Aleksander_Warma, lk 19
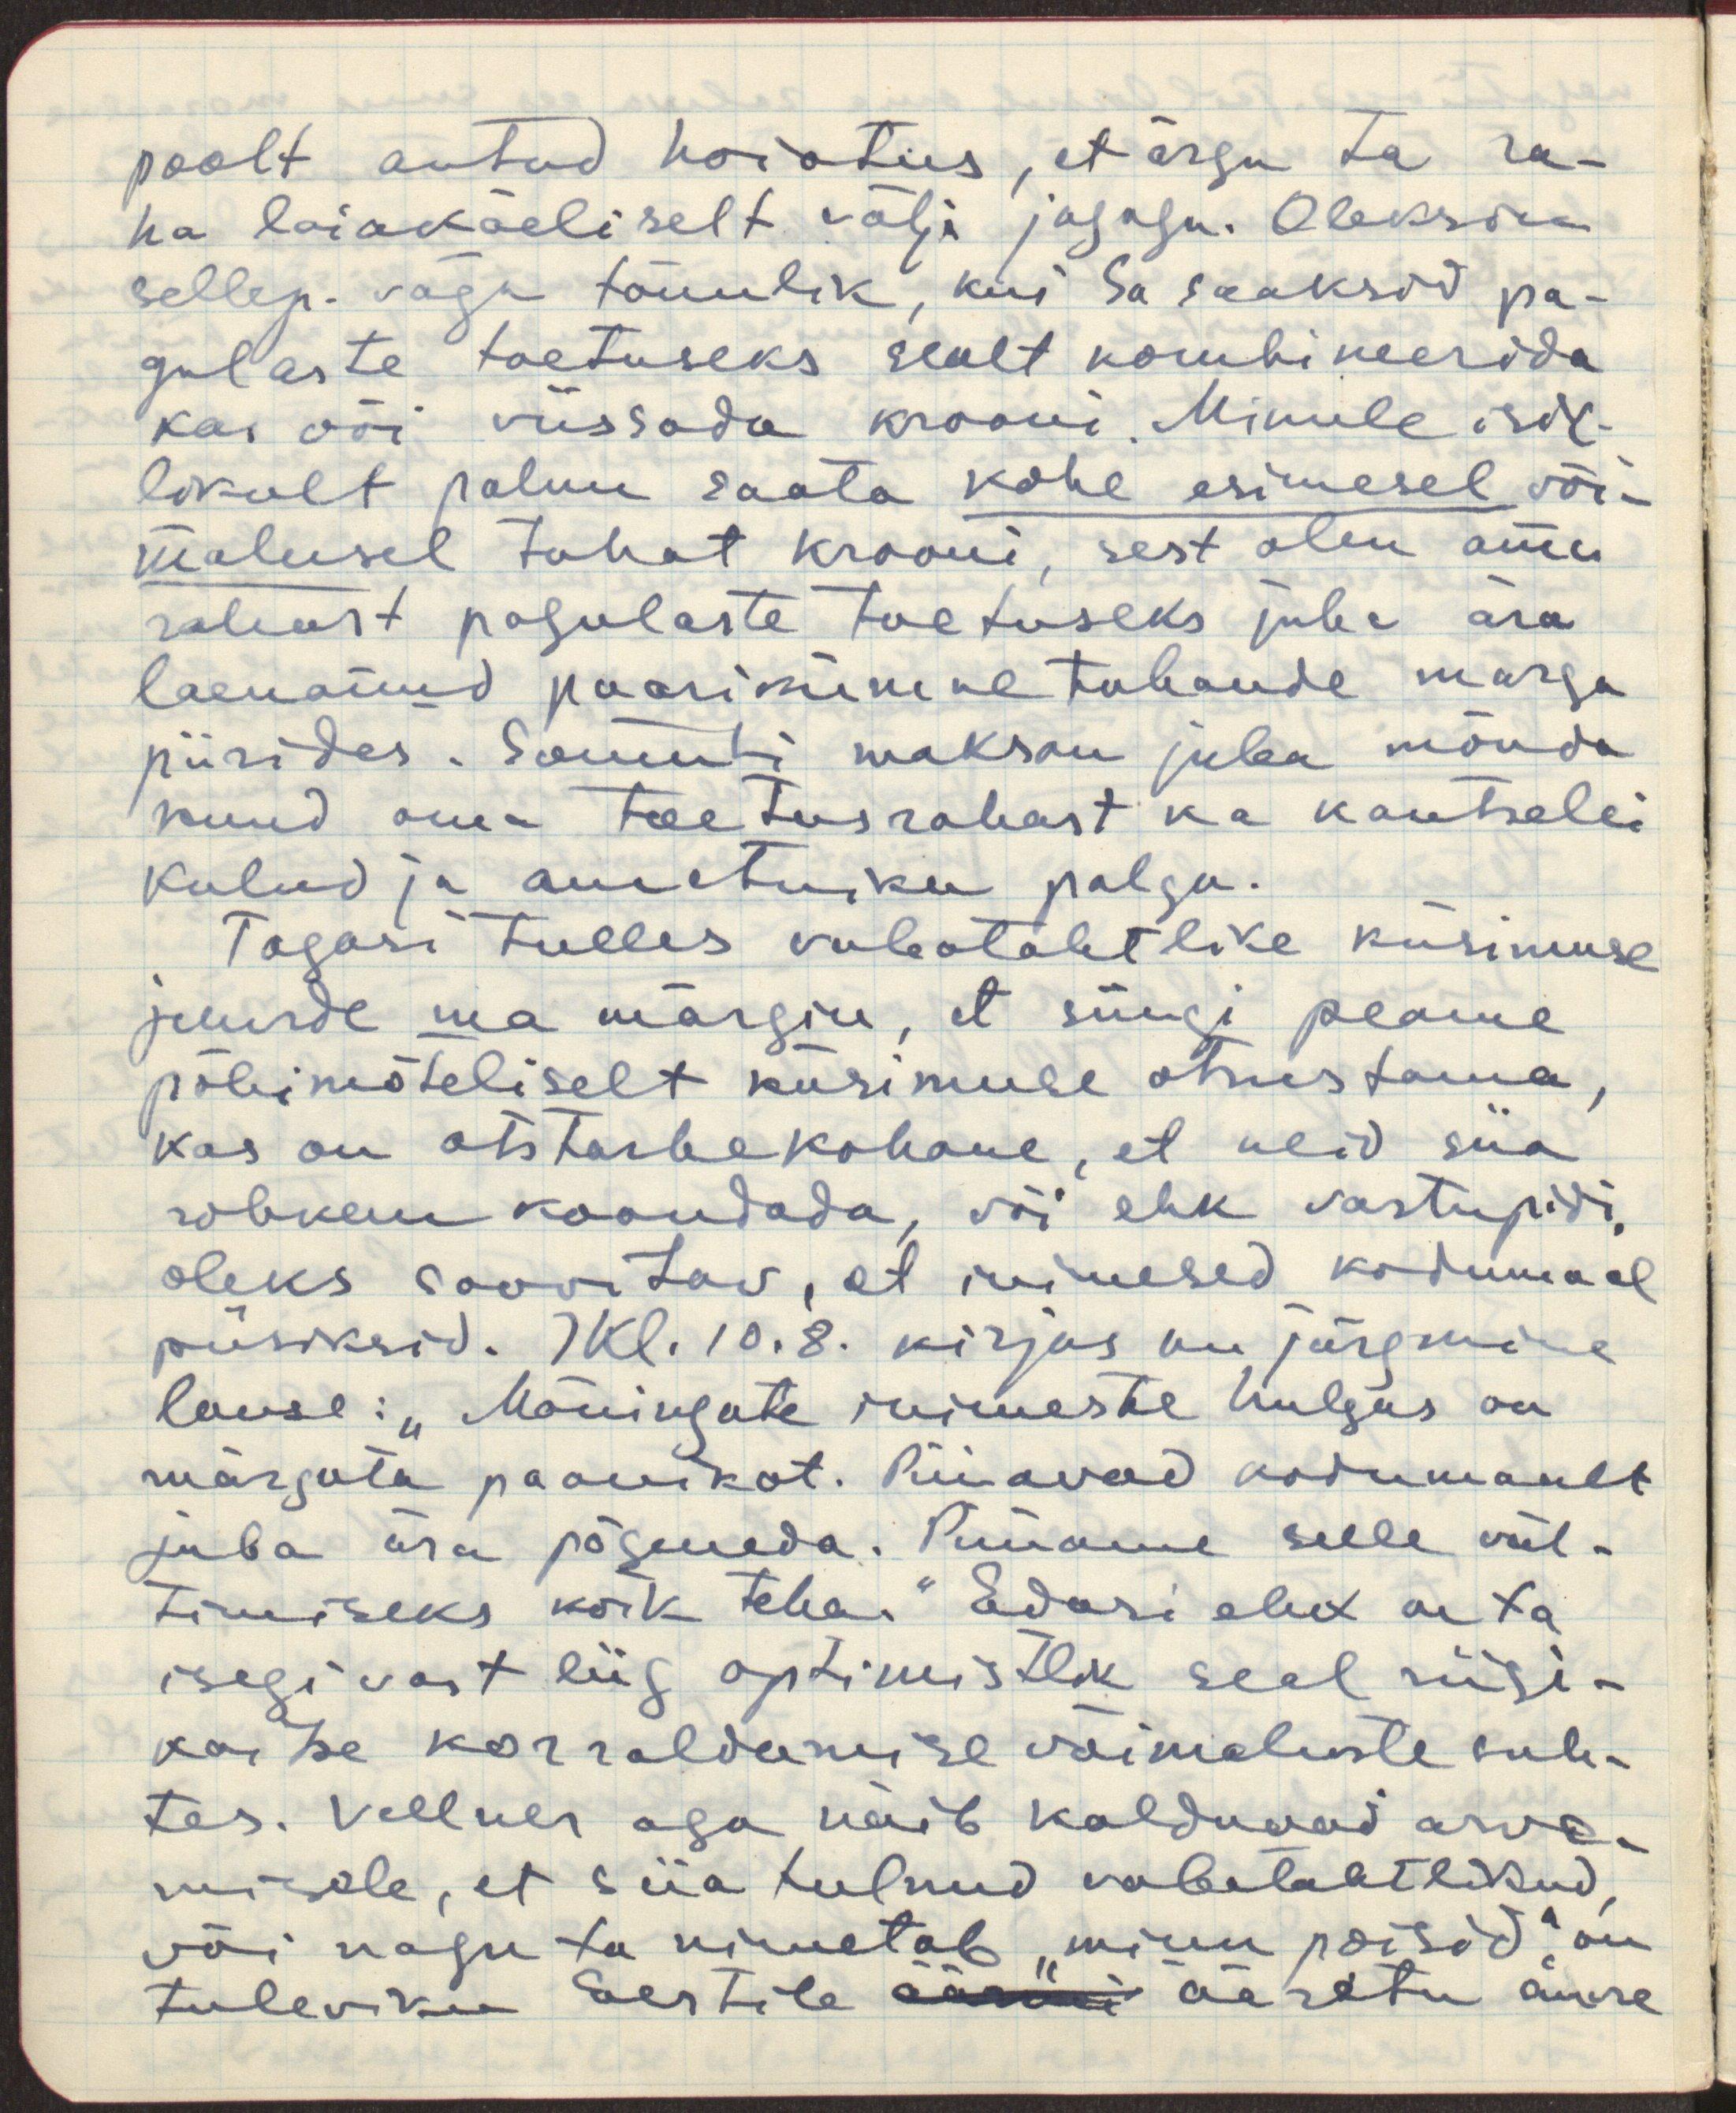
poolt antud hoiatus, et ärgu ta ra-
ha laiakäeliselt välja jagagu. Oleksin
sellep. väga tänulik, kui Sa saaksid pa-
gulaste toetuseks sealt kombineerida
kas või viissada krooni. Minule isik-
likult palun saata kohe esimesel või-
malusel tuhat krooni, sest olen oma
rahast pagulaste toetuseks juba ära
laenanud paarikümne tuhande marga
piirides. Samuti maksan juba mõnda
kuud oma toetusrahast ka kantselei
kulud ja ametniku palga.
Tagasi tulles vabatahtlike küsimuse
juurde ma märgin, et siingi peame
põhimõteliselt küsimuse otsustama,
kas on otstarbekohane, et neid siia
rohkem koondada, või ehk vastupidi,
oleks soovitav, et inimesed kodumaal
püsiksid. IKL.10.8. kirjas on järgmine
lause: "Mõningate inimeste hulgas on
märgata paanikat. Püüavad kodumaalt
juba ära põgeneda. Püüame selle väl-
timiseks kõik teha." Edasi ehk on ta 
isegi vast liig optimistlik seal riigi-
kaitse korraldamise võimaluste suh-
tes. Vellner aga näib kalduvad arva-
misele, et siia tulnud vabatahtlikud,
või nagu ta nimetab "minu poisid", on
tuleviku Eestile äärmi ääretu suure